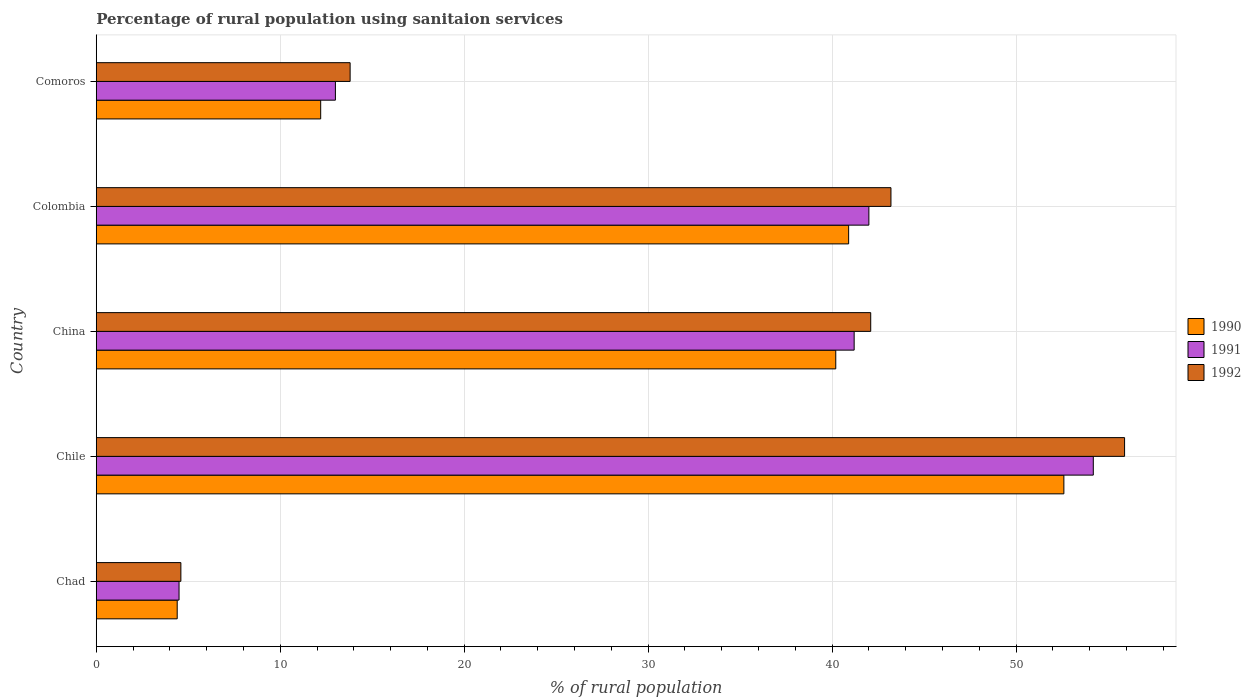
| Country | 1990 | 1991 | 1992 |
 | --- | --- | --- | --- |
 | Chad | 4.4 | 4.5 | 4.6 |
 | Chile | 52.6 | 54.2 | 55.9 |
 | China | 40.2 | 41.2 | 42.1 |
 | Colombia | 40.9 | 42 | 43.2 |
 | Comoros | 12.2 | 13 | 13.8 |